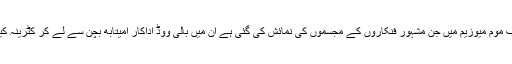
لندن میں واقع اس معروف موم میوزیم میں جن مشہور فنکاروں کے مجسموں کی نمائش کی گئی ہے ان میں بالی ووڈ اداکار امیتابھ بچن سے لے کر کٹرینہ کیف کا نام بھی شامل ہے۔